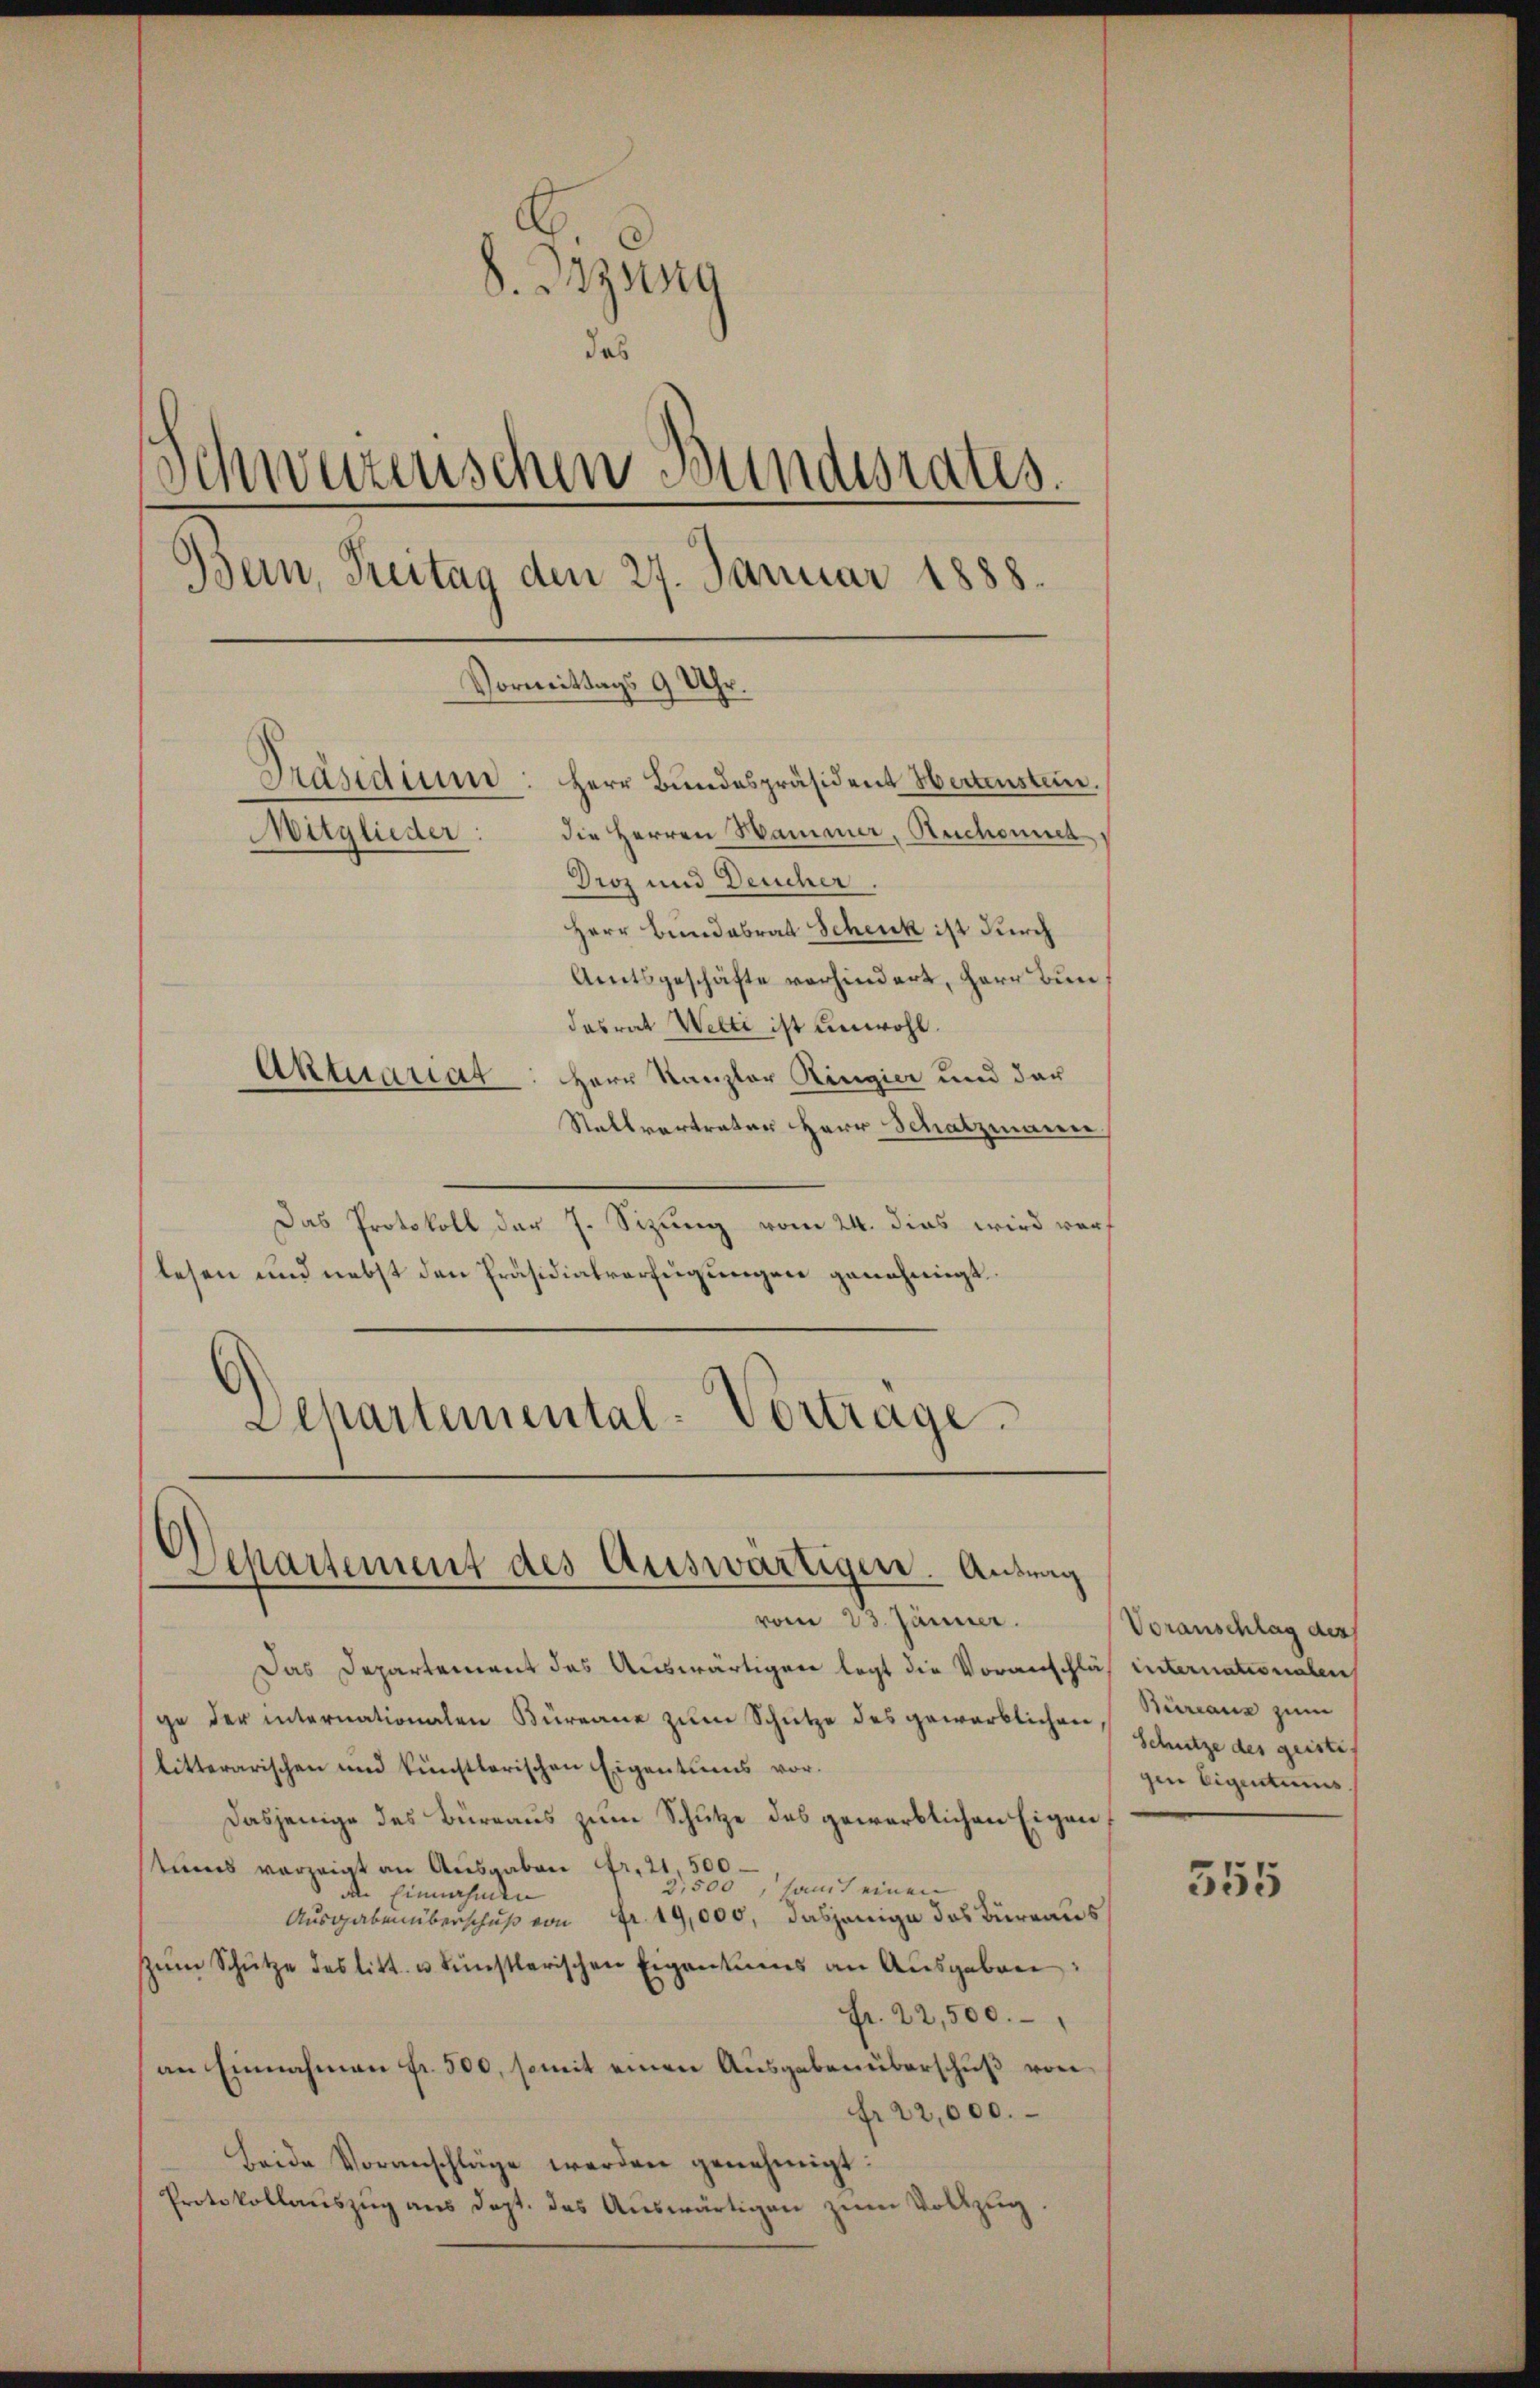
8. Bezug
das
Schweizerischen Bundesrates.
Bern, Breitag den 27. Januar 1888.
Vormittags 9 Uhr.
Präsidium: Herr Bundespräsident Hertenstein.
die Herren Sammer, Ruchomnes
Mitglieder:
Droz und Deucher.
Herr Bundabrat Schenk ist durch
Amtsgeschäfte verhindert, Herr Bundasrat Welti ist unwohl.
Aktuariat: Herr Kanzler Ringier und der
Stallvertreter Herr Schatzmann

Das Protokoll der J. Sizung vom 24. dies wird worlesen und nebst den Präsidialverfeigungen genehmigt.
Schartemental-Vortrage.

Departement des Auswärtigen. Antrag

vom 23. Jänner.
Das Departement des Auswärtiger legt die Voranschläß internationalen
ge der internationalen Büreane zŭm Schütze des gewärblichen,
litterarischen und künstlerischen Eigentuens vor.
Dasjenige des Büreaus zum Schutze des gewerblichen Eigen,
teines vorzeigt an Ausgaben Fr. 21. 500
5,500 samt einen
den Einnahmen
Ausgaben überschuß von Fr. 19,000, dasjenige des Büreaus
zŭm Schütze des litt. u künstlerischen Eigentums an Ausgaben:
Fr. 22,500.
an Einnahmen fr. 500, somit einen Ausgaben überschŭβ von
fr. 22,000.
Beide Voranschläge werden genehmigt:
Protokollauszug aus dept. das Auswärtigen zum Vollzug.

Voranschlag des
Büreaus zum
Schütze des geiste
gen Eigentums

555